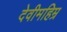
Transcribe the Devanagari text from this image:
देवीमहिम्र